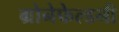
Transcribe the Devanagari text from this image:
ग्रोनेफेल्डनी